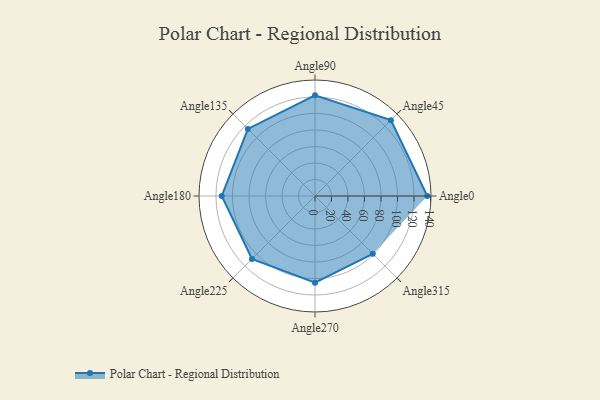
{"axis": {"x": "Angle", "y": "Radius"}, "legend": [""], "data": [{"x": "Angle0", "y": 136.0, "type": ""}, {"x": "Angle45", "y": 130.0, "type": ""}, {"x": "Angle90", "y": 122.0, "type": ""}, {"x": "Angle135", "y": 115.0, "type": ""}, {"x": "Angle180", "y": 113.0, "type": ""}, {"x": "Angle225", "y": 108.0, "type": ""}, {"x": "Angle270", "y": 105.0, "type": ""}, {"x": "Angle315", "y": 99.0, "type": ""}]}